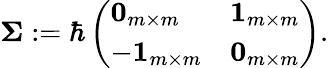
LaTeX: \boldsymbol{\Sigma}:=\hbar\left(\begin{array}{ll}{\boldsymbol{0}_{m\times m}}&{\boldsymbol{1}_{m\times m}}\\ {-\boldsymbol{1}_{m\times m}}&{\boldsymbol{0}_{m\times m}}\end{array}\right).